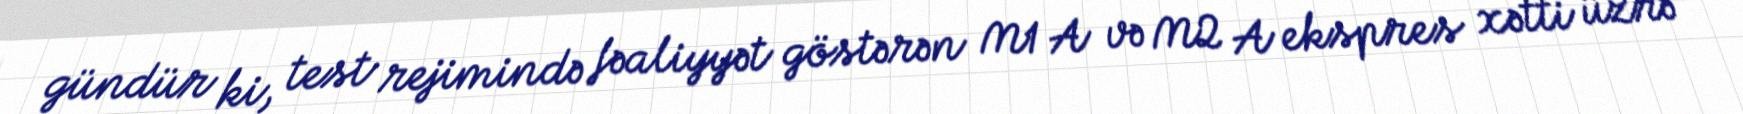
gündür ki, test rejimində fəaliyyət göstərən M1 A və M2 A ekspres xətti üzrə